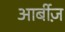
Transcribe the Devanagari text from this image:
आर्बीज़